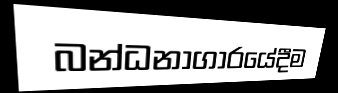
බන්ධනාගාරයේදීම